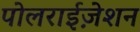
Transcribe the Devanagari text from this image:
पोलराईज़ेशन